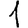
Digit: 1